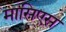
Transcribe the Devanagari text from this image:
मासिएस